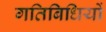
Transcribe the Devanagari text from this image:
गतिबिधियों